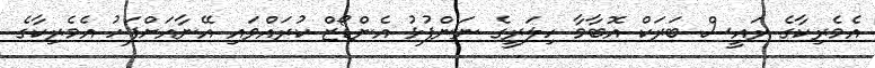
އެމެރިކާގެ ރައީސް ބަރަކް އޮބާމާ ހިލަރީގެ ނަންފުޅު އެންޑޯޒް ކުރައްވައި އޭނާއަށްފަހު އެމެރިކާގެ